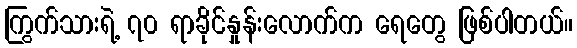
ကြွက်သားရဲ့ ၇၀ ရာခိုင်နှုန်းလောက်က ရေတွေ ဖြစ်ပါတယ်။